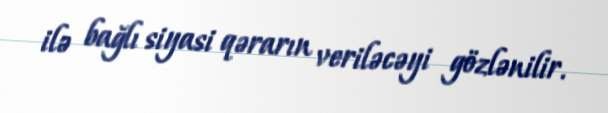
ilə bağlı siyasi qərarın veriləcəyi gözlənilir.